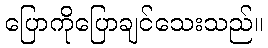
ပြောကိုပြောချင်သေးသည်။